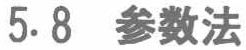
5.8  参数法